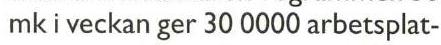
mk i veckan ger 30 0000 arbetsplat-